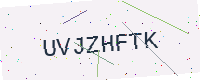
Text: UVJZHFTK